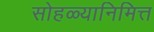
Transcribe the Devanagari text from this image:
सोहळ्यानिमित्त